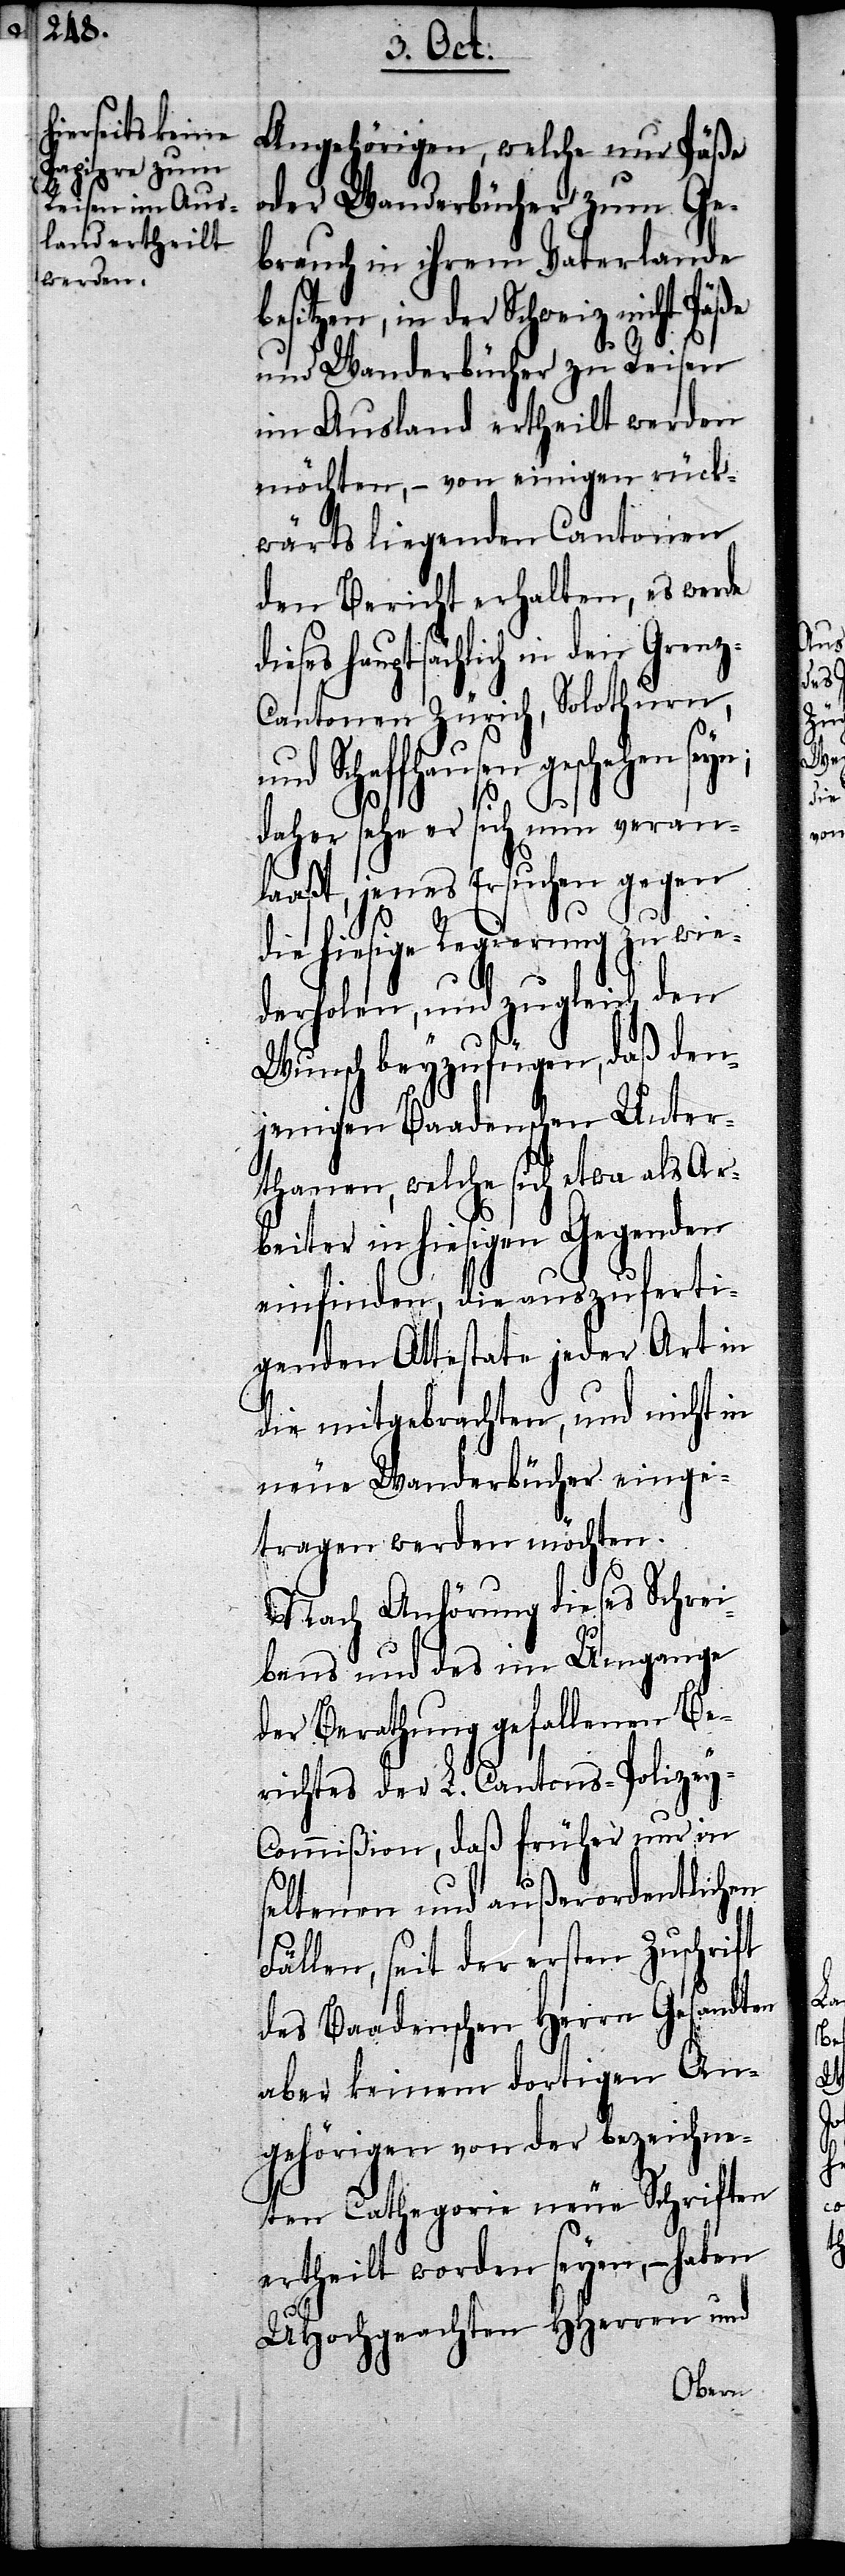
Angehörigen, welche nur Päße
oder Wanderbücher zum Ge¬
brauch in ihrem Vaterlande
esitzen, in der Schweiz nicht Päße
und Wanderbücher zu Reisen
im Ausland ertheilt werden
möchten, – von einigen rück¬
wärts liegenden Cantonen
den Bericht erhalten, es werde
ieses hauptsächlich in den Gren¬
antonen Zürich, Solothurn,
und Schaffhausen geschehen seyn;
d¬
daher sehe er sich nun veran¬
laaßt, jenes Ersuchen gegen
z-C¬
die hiesige Regierung zu wie¬
derholen, und zugleich den
Wunsch beyzufügen, daß den¬
jenigen Baadenschen Unter¬
thanen, welche sich etwa als Ar¬
beiter in hiesigen Gegenden
einfinden, die auszuferti¬
genden Attestate jeder Art, in
die mitgebrachten, und nicht in
neue Wanderbücher einge¬
tragen werden möchten.
Nach Anhörung dieses Schrei¬
bens und des im Umgange
der Berathung gefallenen Be¬
richtes der L. Cantons-Polizey-C¬
ommißion, daß früher nur in
seltenen und außerordentlichen
Fällen, seit der ersten Zuschrift
des Baadenschen Herrn Gesandten
aber keinem dortigen An¬
gehörigen von der bezeichne¬
ten Cathegorie neue Schriften
ertheilt worden seyen, – haben
UHochgeachten HHerren und